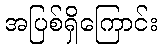
အပြစ်ရှိကြောင်း